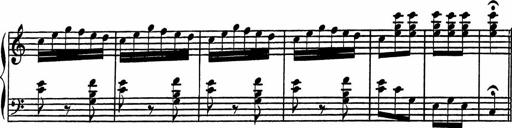
Title: 4 Piano Sonatinas
Composer: Adam Geibel